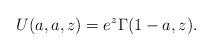
LaTeX: \begin{align*}U(a,a,z)=e^z\Gamma(1-a,z).\end{align*}